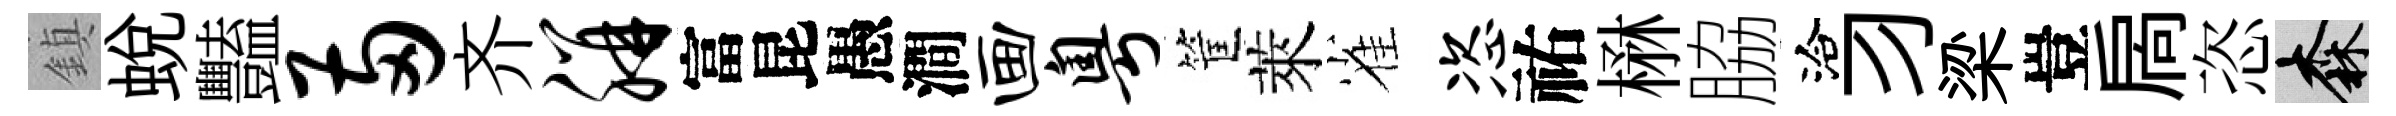
鎮蛻豔两齐胼富昆愚澗画粤筐萊雀恣祐楙脇洽习梁豈扄恣森